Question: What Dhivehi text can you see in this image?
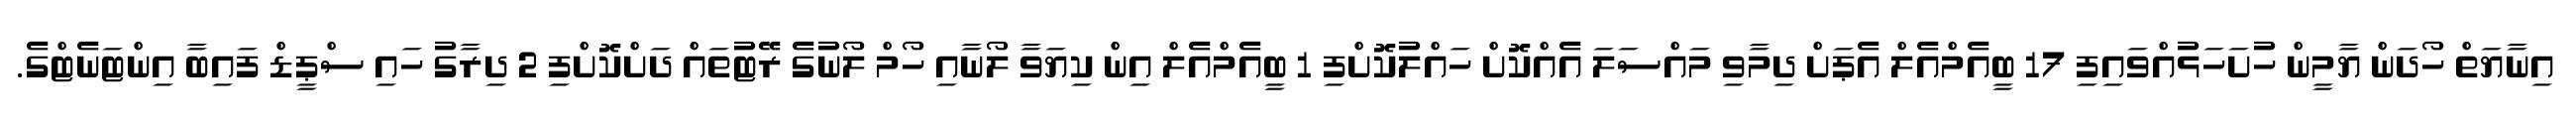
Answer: އިނާޔަތް ހޯދަން ޔާމީން ހުށަހަޅުއްވައިފި 17 ބީއެމްއެލް އެޕަށް ދިމާވި މައްސަލަ އެއްކޮށް ހައްލުކޮށްފި 1 ބީއެމްއެލް އިން ކިޔަވާ ލޯނާއި ހޯމް ލޯނުގެ ރޭޓުތައް ދަށްކޮށްފި 2 ދިރާގު ހައި ސްޕީޑް ފައިބާ އިންޓަނެޓްގެ.